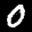
Label: 0